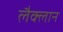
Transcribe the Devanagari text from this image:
लैक्लान